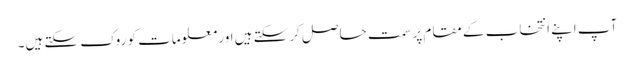
آپ اپنے انتخاب کے مقام پر سمت حاصل کرسکتے ہیں اور معلومات کو روک سکتے ہیں۔